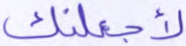
لأجعلنك